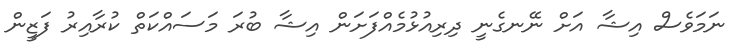
ނަމަވެސް އިޝާ އަށް ނޭނގެނީ ދިރިއުޅުމެއްފަށަން އިޝާ ބުރަ މަސައްކަތް ކުރާއިރު ފަޒީން